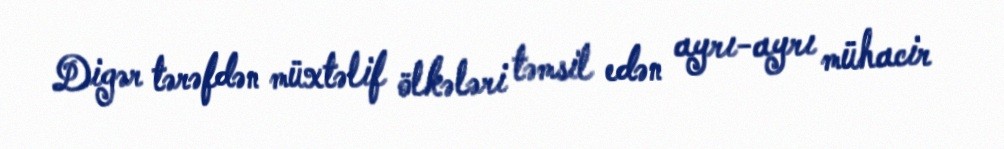
Digər tərəfdən müxtəlif ölkələri təmsil edən ayrı-ayrı mühacir